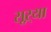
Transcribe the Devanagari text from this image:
सूऱ्या